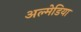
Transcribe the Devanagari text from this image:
अल्मेडिया